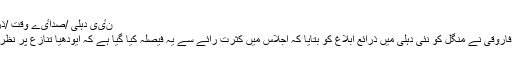
نٸی دہلی /صداٸے وقت /ذراٸع /مورخہ 26 نومبر 2019.
سنی وقف بورڈ کے چئیرمین زفر فاروقی نے منگل کو نئی دہلی میں ذرائع ابلاغ کو بتایا کہ اجلاس میں کثرت رائے سے یہ فیصلہ کیا گیا ہے کہ ایودھیا تنازع پر نظر ثانی اپیل دائر نہیں کی جائے گی۔